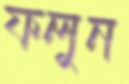
ফলুন